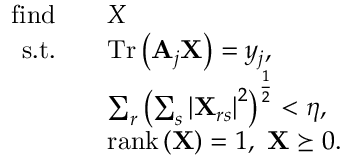
\begin{array} { r l } { \mathrm { f i n d } \quad } & { \boldsymbol { X } } \\ { \mathrm { s . t . } \quad } & { \operatorname { T r } \left( \mathbf { A } _ { j } \mathbf { X } \right) = y _ { j } , } \\ & { \sum _ { r } \left( \sum _ { s } \left| \mathbf { X } _ { r s } \right| ^ { 2 } \right) ^ { \frac { 1 } { 2 } } < \eta , } \\ & { \operatorname { r a n k } \left( \mathbf { X } \right) = 1 , ~ \mathbf { X } \succeq 0 . } \end{array}